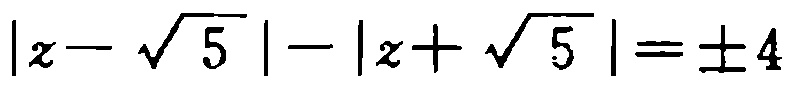
\(|z - \sqrt{5}| - |z + \sqrt{5}| = \pm 4\)